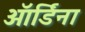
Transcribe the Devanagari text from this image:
ऑर्डिना